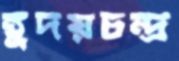
হূদয়চন্দ্র